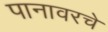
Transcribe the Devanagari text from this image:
पानावरचे